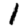
Digit: 1